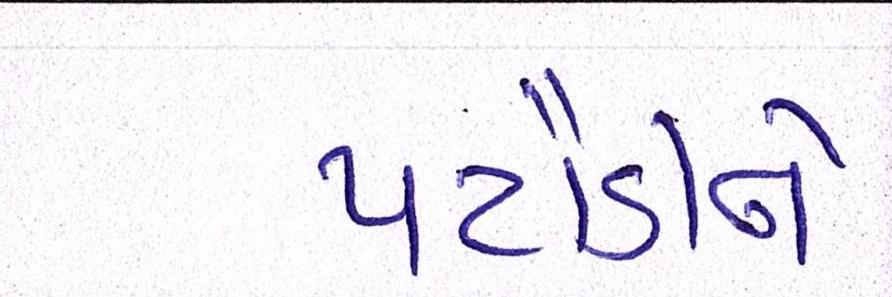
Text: પટૌડીને